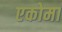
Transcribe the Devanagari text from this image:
एकोमा